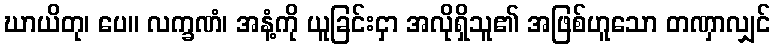
ဃာယိတု၊ ပေ။ လက္ခဏံ၊ အနံ့ကို ယူခြင်းငှာ အလိုရှိသူ၏ အဖြစ်ဟူသော တဏှာလျှင်